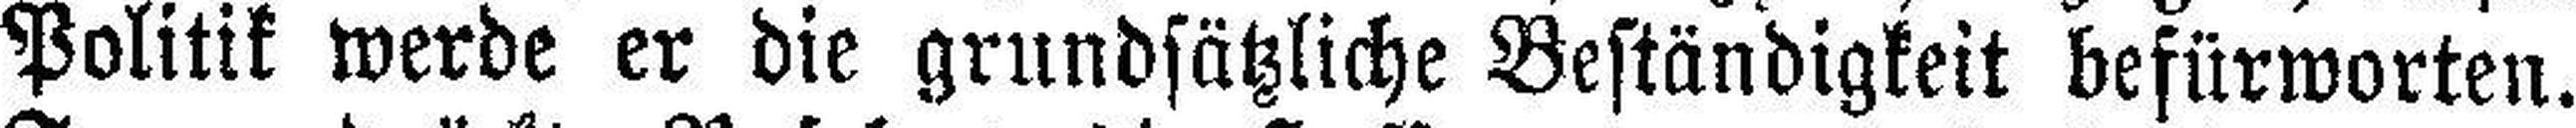
Politik werde er die grundsätzliche Beständigkeit befürworten.